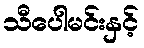
သီပေါမင်းနှင့်